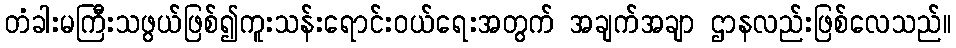
တံခါးမကြီးသဖွယ်ဖြစ်၍ကူးသန်းရောင်းဝယ်ရေးအတွက် အချက်အချာ ဌာနလည်းဖြစ်လေသည်။